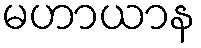
မဟာယာန